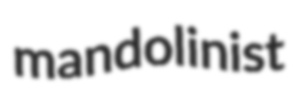
mandolinist